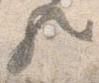
歟